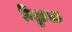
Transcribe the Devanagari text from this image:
विद्युप्रवाह